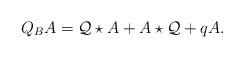
LaTeX: \begin{align*}Q_{B}A=\mathcal{Q}\star A+A\star \mathcal{Q}+qA.\end{align*}